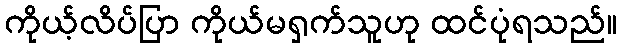
ကိုယ့်လိပ်ပြာ ကိုယ်မရှက်သူဟု ထင်ပုံရသည်။